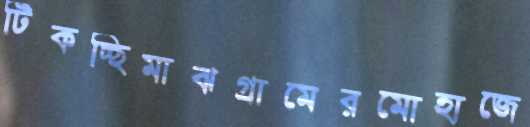
টিকচ্ছিমাঝগ্রামেরমোহাজে